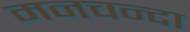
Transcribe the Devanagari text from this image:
मनचन्दा